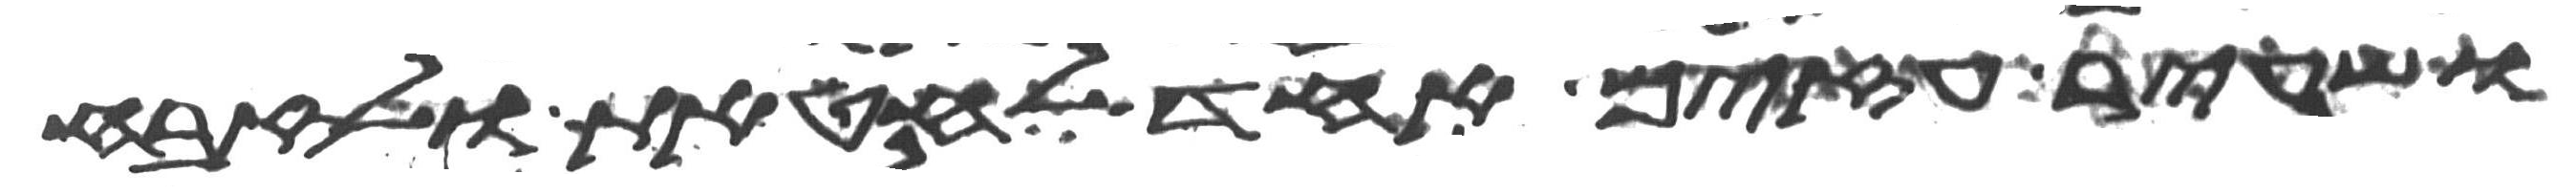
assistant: ושעיר עזים אחד לחטאת ולזבח